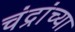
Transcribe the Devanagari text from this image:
चंद्रांच्या